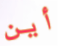
أين